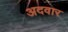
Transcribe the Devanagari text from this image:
अदवार